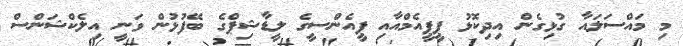
މި މައްސަލައާ ގުޅިގެން އިދިކޮޅު ޕީޕީއެމްއާއި ޕީއެންސީގެ ލީޑާޝިޕްގެ ބޭފުޅުން ވަނީ އިލެކްޝަންސް